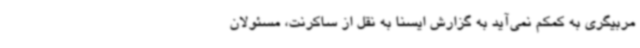
مربیگری به کمکم نمی‌آید به گزارش ایسنا به نقل از ساکرنت، مسئولان